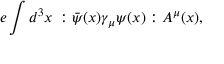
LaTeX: e \int d ^ { 3 } x \, : \bar { \psi } ( x ) \gamma _ { \mu } \psi ( x ) : A ^ { \mu } ( x ) ,